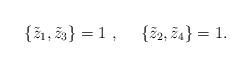
LaTeX: \begin{align*} \lbrace {\tilde z_1},{\tilde z_3}\rbrace =1~,~~~~ \lbrace {\tilde z_2},{\tilde z_4}\rbrace =1 .\end{align*}